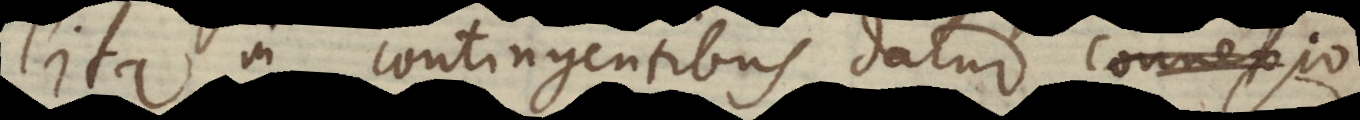
ita in contingentibus datur connexio